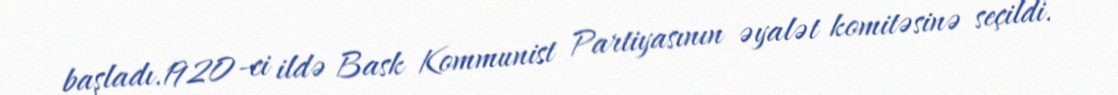
başladı.1920-ci ildə Bask Kommunist Partiyasının əyalət komitəsinə seçildi.